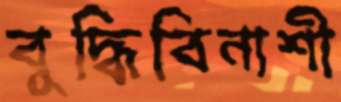
বুদ্ধিবিনাশী